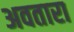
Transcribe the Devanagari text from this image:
अवतारा